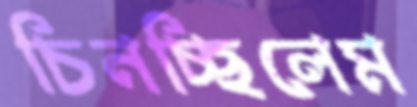
চিনচ্ছিলেম